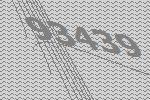
93439